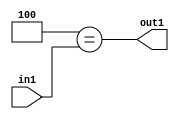
`timescale 1ps / 1ps
/*****************************************************************************
    Verilog RTL Description
    
    
    Created by: Stratus DpOpt 2019.1.01 
*******************************************************************************/

module cache_Eqi4u8_4_1 (
	in1,
	out1
	); /* architecture "behavioural" */ 
input [7:0] in1;
output  out1;
wire  asc001;

assign asc001 = (13'B0000000000100==in1);

assign out1 = asc001;
endmodule

/* CADENCE  urX0TQE= : u9/ySgnWtBlWxVPRXgAZ4Og= ** DO NOT EDIT THIS LINE ******/